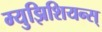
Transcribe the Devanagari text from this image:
म्युझिशियन्स्